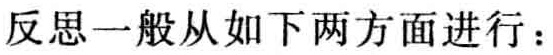
反思一般从如下两方面进行：